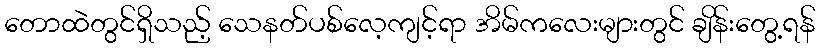
တောထဲတွင်ရှိသည့် သေနတ်ပစ်လေ့ကျင့်ရာ အိမ်ကလေးများတွင် ချိန်းတွေ့ရန်